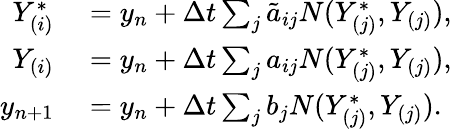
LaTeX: \begin{array}{rl}{Y_{(i)}^{*}}&{{}=y_{n}+\Delta t\sum_{j}\tilde{a}_{ij}N(Y_{(j)}^{*},Y_{(j)}),}\\ {Y_{(i)}}&{{}=y_{n}+\Delta t\sum_{j}{a_{ij}}N(Y_{(j)}^{*},Y_{(j)}),}\\ {y_{n+1}}&{{}=y_{n}+\Delta t\sum_{j}{b_{j}}N(Y_{(j)}^{*},Y_{(j)}).}\end{array}